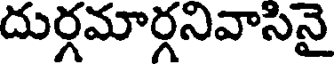
దుర్గమార్గనివాసినై